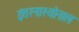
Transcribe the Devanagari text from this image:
इंतरनास्योनाल